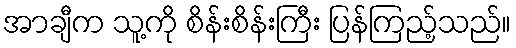
အာချီက သူ့ကို စိန်းစိန်းကြီး ပြန်ကြည့်သည်။